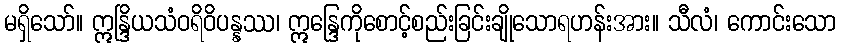
မရှိသော်။ ဣန္ဒြိယသံဝရိဝိပန္နဿ၊ ဣန္ဒြေကိုစောင့်စည်းခြင်းချိုသောရဟန်းအား။ သီလံ၊ ကောင်းသော